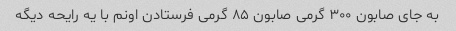
به جای صابون ۳۰۰ گرمی صابون ۸۵ گرمی فرستادن اونم با یه رایحه دیگه